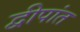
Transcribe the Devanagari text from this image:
द्वीपांत